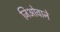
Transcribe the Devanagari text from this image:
जिओवाने